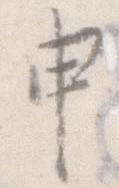
申